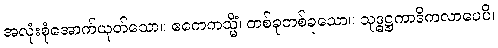
အလုံးစုံအောက်ယုတ်သော။ ဧကေကသ္မိံ၊ တစ်ခုတစ်ခုသော။ သုဒ္ဓဋ္ဌကာဒိကလာပေပိ၊